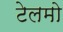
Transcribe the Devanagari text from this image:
टेलमो